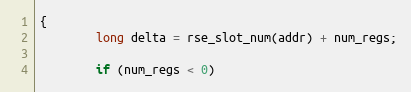
Language: C
{
        long delta = rse_slot_num(addr) + num_regs;

        if (num_regs < 0)